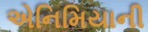
એનિમિયાની